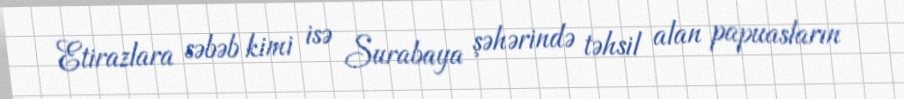
Etirazlara səbəb kimi isə Surabaya şəhərində təhsil alan papuasların